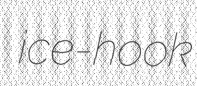
ice-hook